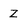
Character: Z